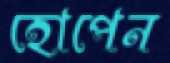
হোপেন